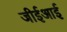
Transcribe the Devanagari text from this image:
जीईआई